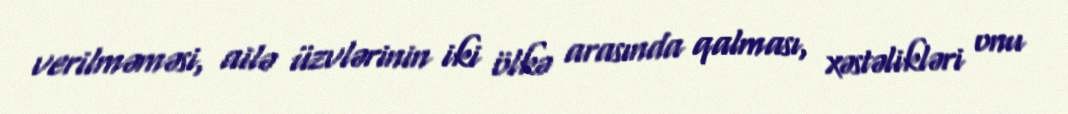
verilməməsi, ailə üzvlərinin iki ölkə arasında qalması, xəstəlikləri onu